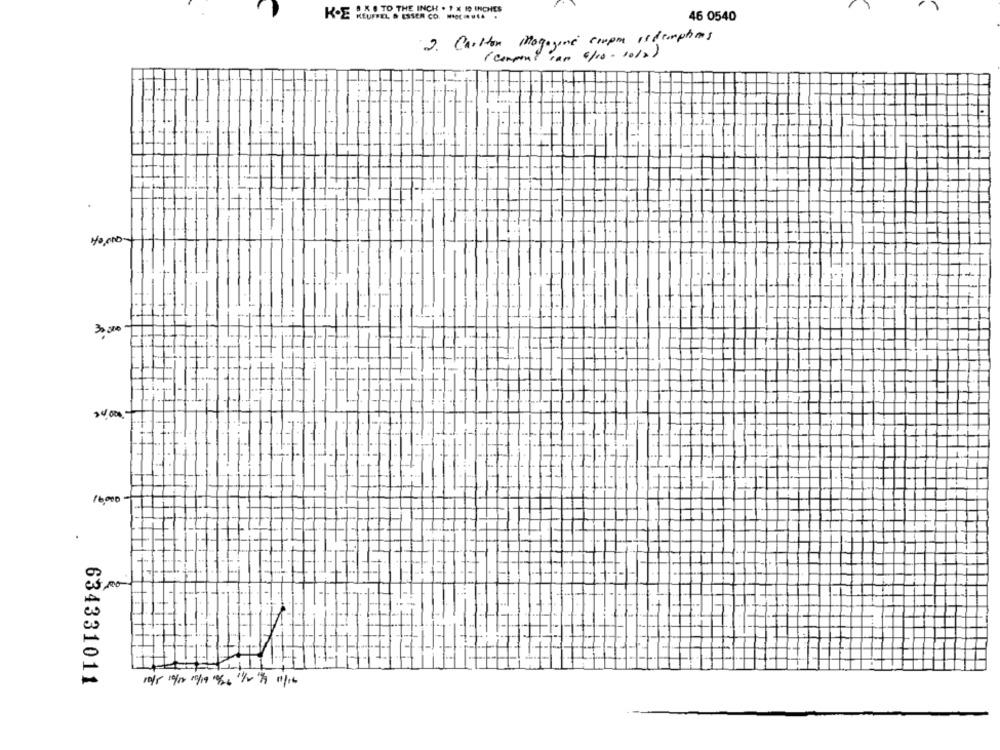
D.KO TO THE INCH . 1 x 10 INCHES
K-E KEUFFEL, & ESSER CO. PROCOVIA
46 0540
2. Carlton Magazine compra istemptions
compont can
·6/10-1012)
11
3.000
16000
634331011
10/5 10/10/ 15/19 /26 1/2"/ 11/16